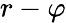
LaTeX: r-\varphi